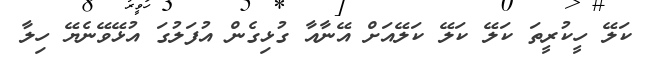
ކަލޭ ހީކުރީތަ ކަލޭ ކަލޭ ކަލޭއަށް އޭނާއާ ގުޅިގެން އުފަލުގަ އުޅޭވޭނެޔޭ ހިލާ